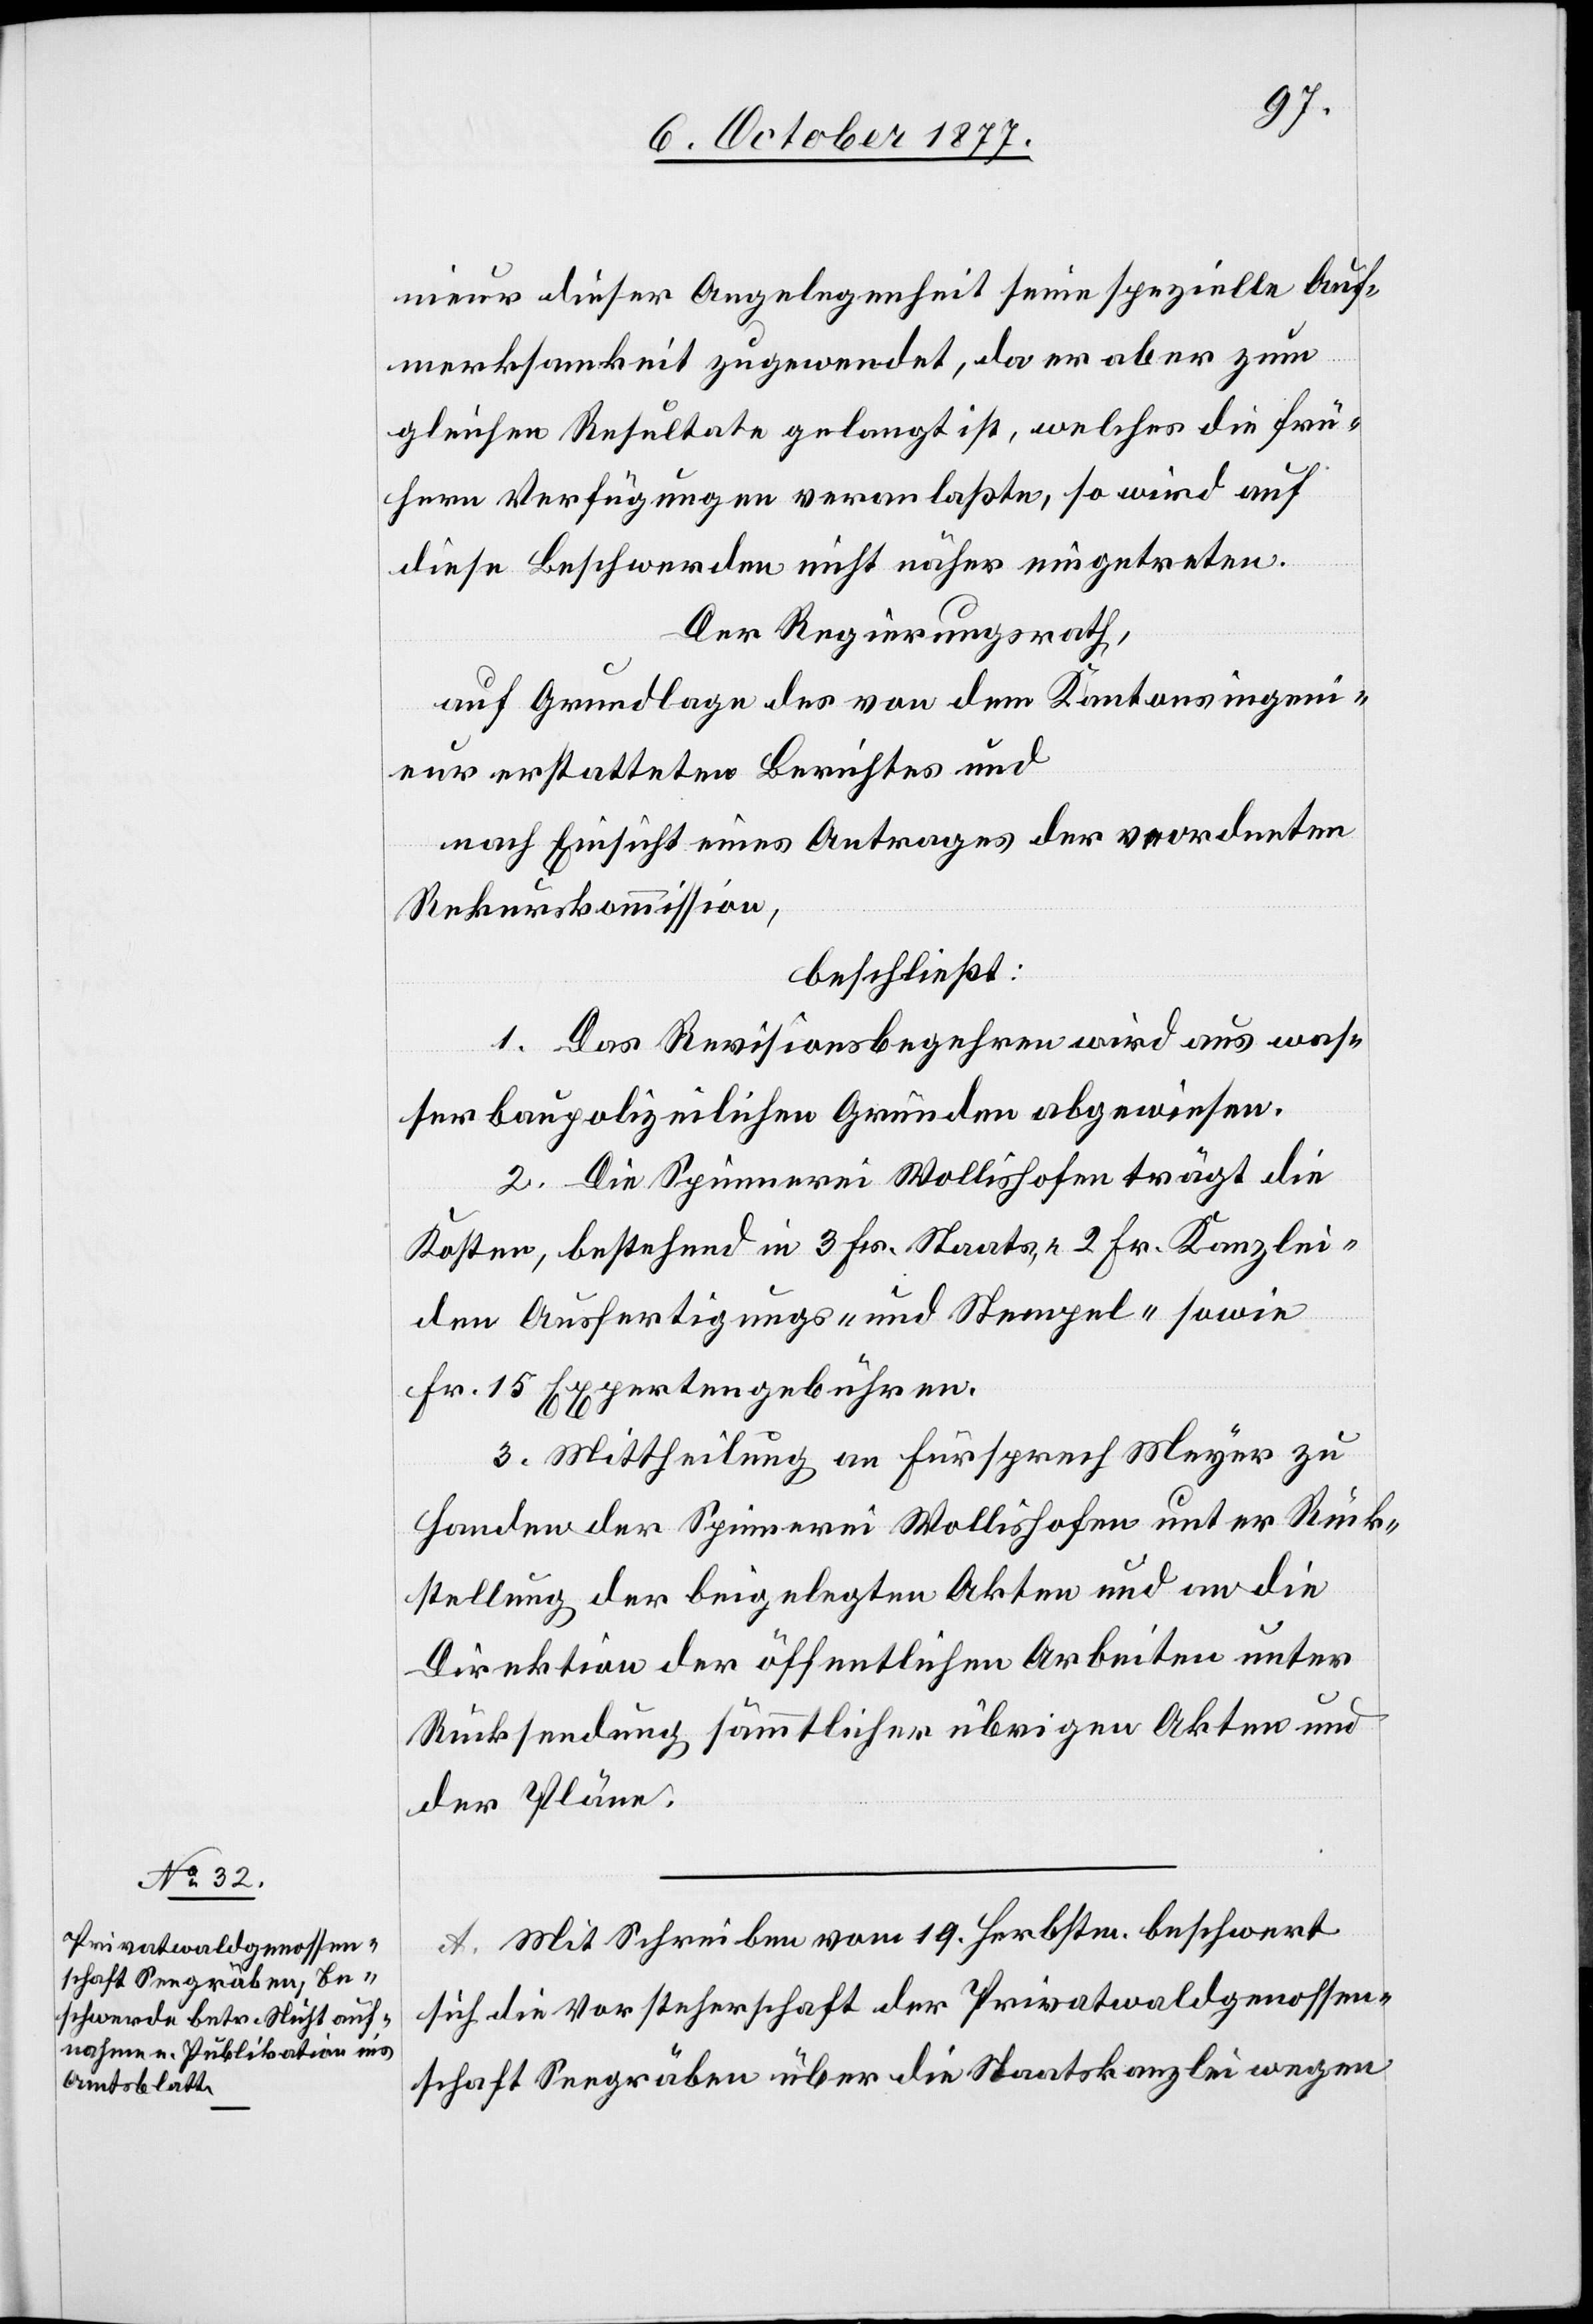
nieur dieser Angelegenheit seine spezielle Auf¬
merksamkeit zugewendet, da er aber zum
gleichen Resultate gelangt ist, welches die frü¬
hern Verfügungen veranlaßte, so wird auf
diese Beschwerden nicht näher eingetreten.
Der Regierungsrath,
auf Grundlage des von dem Kantonsingeni¬
eur erstatteten Berichtes und
nach Einsicht eines Antrages der ve[r]ordneten
Rekurskommission,
beschließt:
1. Das Revisionsbegehren wird aus was¬
serbaupolizeilichen Gründen abgewiesen.
2. Die Spinnerei Wollishofen trägt die
Kosten, bestehend in 3 Fr. Staats-, 2 Fr. Kanzlei-[,]
den Ausfertigungs- und Stempel- sowie
Fr. 15 Expertengebühren.
3. Mittheilung an Fürsprech Meyer zu
Handen der Spinnerei Wollishofen unter Rück¬
stellung der beigelegten Akten und an die
Direktion der öffentlichen Arbeiten unter
Rücksendung sämmtlicher übrigen Akten und
der Pläne.
A. Mit Schreiben vom 19. Herbstm. beschwert
sich die Vorsteherschaft der Privatwaldgenossen¬
schaft Seegräben über die Staatskanzlei wegen